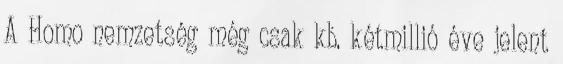
A Homo nemzetség még csak kb. kétmillió éve jelent